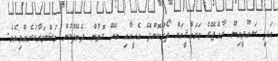
އަދި ސަޢޫދީއިން ރާއްޖޭގެ ތަރައްޤީއަށް ފޯރުކޮށްދޭ އެހީއާއި ބެހޭ ގޮތުން ދެބޭފުޅުން މަޝްވަރާކުރެއްވިއެވެ.